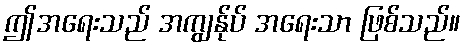
ဤအရေးသည် အကျွန်ုပ် အရေးသာ ဖြစ်သည်။